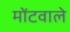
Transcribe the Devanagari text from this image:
मोंटवाले